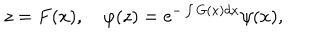
z = F ( x ) , \quad \varphi ( z ) = \mathrm { e } ^ { - \int G ( x ) d x } \psi ( x ) ,